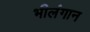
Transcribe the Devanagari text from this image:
भीलंगान